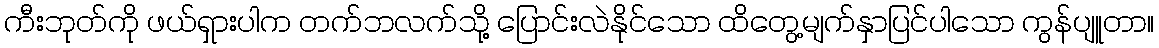
ကီးဘုတ်ကို ဖယ်ရှားပါက တက်ဘလက်သို့ ပြောင်းလဲနိုင်သော ထိတွေ့မျက်နှာပြင်ပါသော ကွန်ပျူတာ။